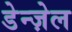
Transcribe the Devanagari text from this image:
डेन्ज़ेल